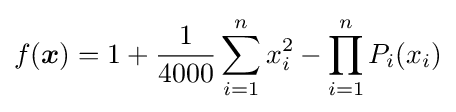
f({\boldsymbol {x}})=1+{\frac {1}{4000}}\sum _{i=1}^{n}x_{i}^{2}-\prod _{i=1}^{n}P_{i}(x_{i})